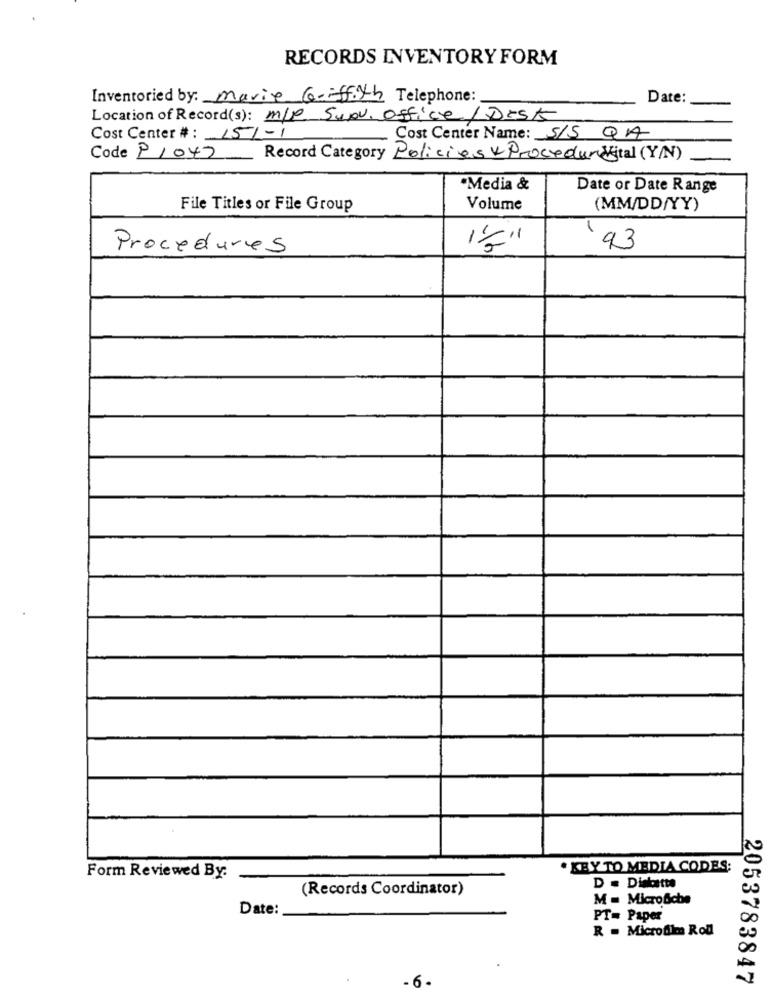
RECORDS INVENTORY FORM
Inventoried by: Marie Griffith Telephone:
Date:
Location of Record(s): m/P Supv. Office / Dask
Cost Center #: 151-1
Cost Center Name: S/S QA
Code P1047
Record Category Policies Procedure ital (Y/N)
Media &
Date or Date Range
File Titles or File Group
Volume
(MM/DD/YY)
-
Procedures
93
. KEY TO MEDIA CODES:
Form Reviewed By:
(Records Coordinator)
D . Diakcette
M = Microfche
Date:
PT= Paper
R = Microfilm Roll
2053783847
- 6-